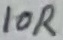
Text: 10R